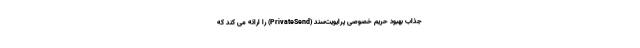
جذاب بهبود حریم خصوصی پرایویت‌سِند (PrivateSend) را ارائه می کند که